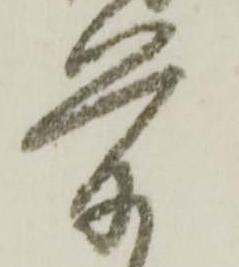
前